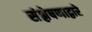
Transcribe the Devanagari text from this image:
संश्लेषणाद्वारे